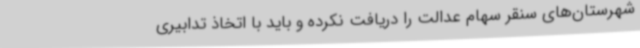
شهرستان‌های سنقر سهام عدالت را دریافت نکرده و باید با اتخاذ تدابیری